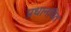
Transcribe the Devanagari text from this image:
प्रधानवित